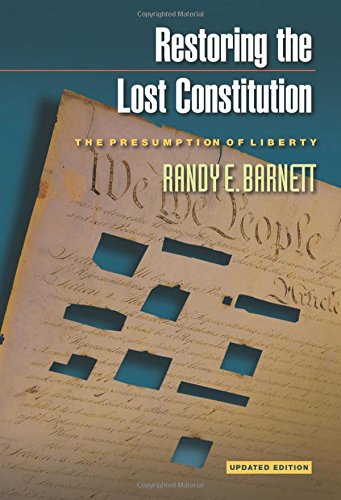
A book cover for Restoring the Lost Constitution: The Presumption of Liberty; Randy E. Barnett; Law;